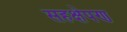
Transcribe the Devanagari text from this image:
सहक्षेपण